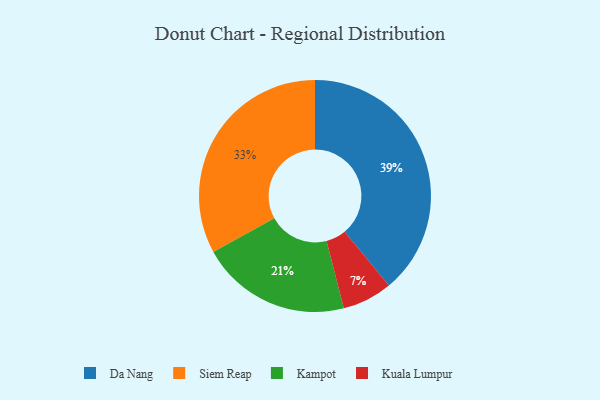
{"axis": {"x": "Category", "y": "Percentage"}, "legend": ["Da Nang", "Kampot", "Kuala Lumpur", "Siem Reap"], "data": [{"x": "Kuala Lumpur", "y": 7, "type": "Kuala Lumpur"}, {"x": "Kampot", "y": 21, "type": "Kampot"}, {"x": "Siem Reap", "y": 33, "type": "Siem Reap"}, {"x": "Da Nang", "y": 39, "type": "Da Nang"}]}